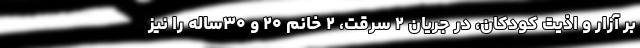
بر آزار و اذیت کودکان، در جریان ۲ سرقت، ۲ خانم ۲۰ و ۳۰ساله را نیز